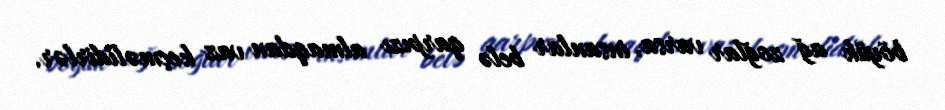
böyük ağ zoğlar varsa, insanlar belə qarpızı almaqdan vaz keçməlidirlər.